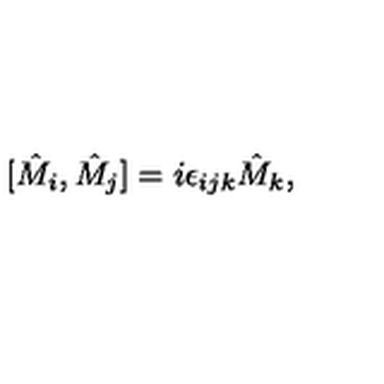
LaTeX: [ \hat { M } _ { i } , \hat { M } _ { j } ] = i \epsilon _ { i j k } \hat { M } _ { k } ,